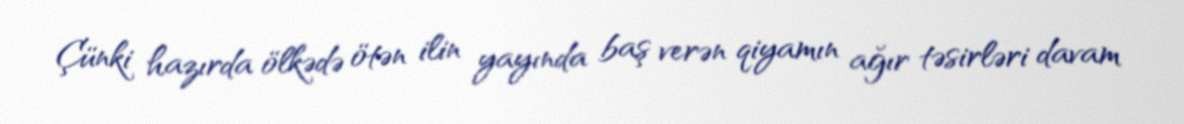
Çünki hazırda ölkədə ötən ilin yayında baş verən qiyamın ağır təsirləri davam